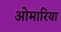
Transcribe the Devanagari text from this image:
ओमारिया